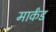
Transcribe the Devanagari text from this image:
मार्कंड